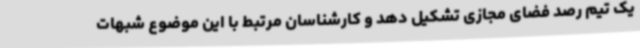
یک تیم رصد فضای مجازی تشکیل دهد و کارشناسان مرتبط با این موضوع شبهات